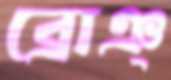
ব্রোঞ্